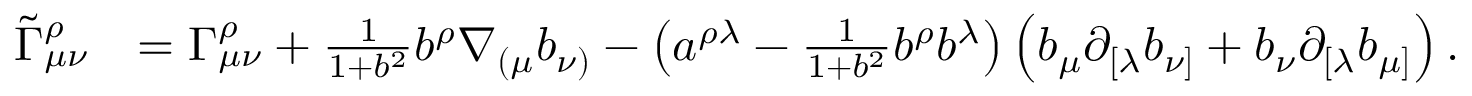
\begin{array} { r l } { \widetilde \Gamma _ { \mu \nu } ^ { \rho } } & { = \Gamma _ { \mu \nu } ^ { \rho } + \frac { 1 } { 1 + b ^ { 2 } } b ^ { \rho } \nabla _ { ( \mu } b _ { \nu ) } - \left( a ^ { \rho \lambda } - \frac { 1 } { 1 + b ^ { 2 } } b ^ { \rho } b ^ { \lambda } \right) \left( b _ { \mu } \partial _ { [ \lambda } b _ { \nu ] } + b _ { \nu } \partial _ { [ \lambda } b _ { \mu ] } \right) . } \end{array}